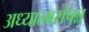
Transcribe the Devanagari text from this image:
अध्यात्मसंपन्न